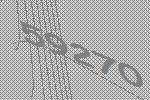
59270